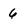
Character: 6